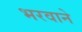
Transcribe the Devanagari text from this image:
भरवाने